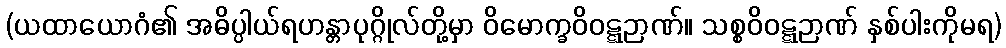
(ယထာယောဂံ၏ အဓိပ္ပါယ်ရဟန္တာပုဂ္ဂိုလ်တို့မှာ ဝိမောက္ခဝိဝဋ္ဋဉာဏ်။ သစ္စဝိဝဋ္ဋဉာဏ် နှစ်ပါးကိုမရ)